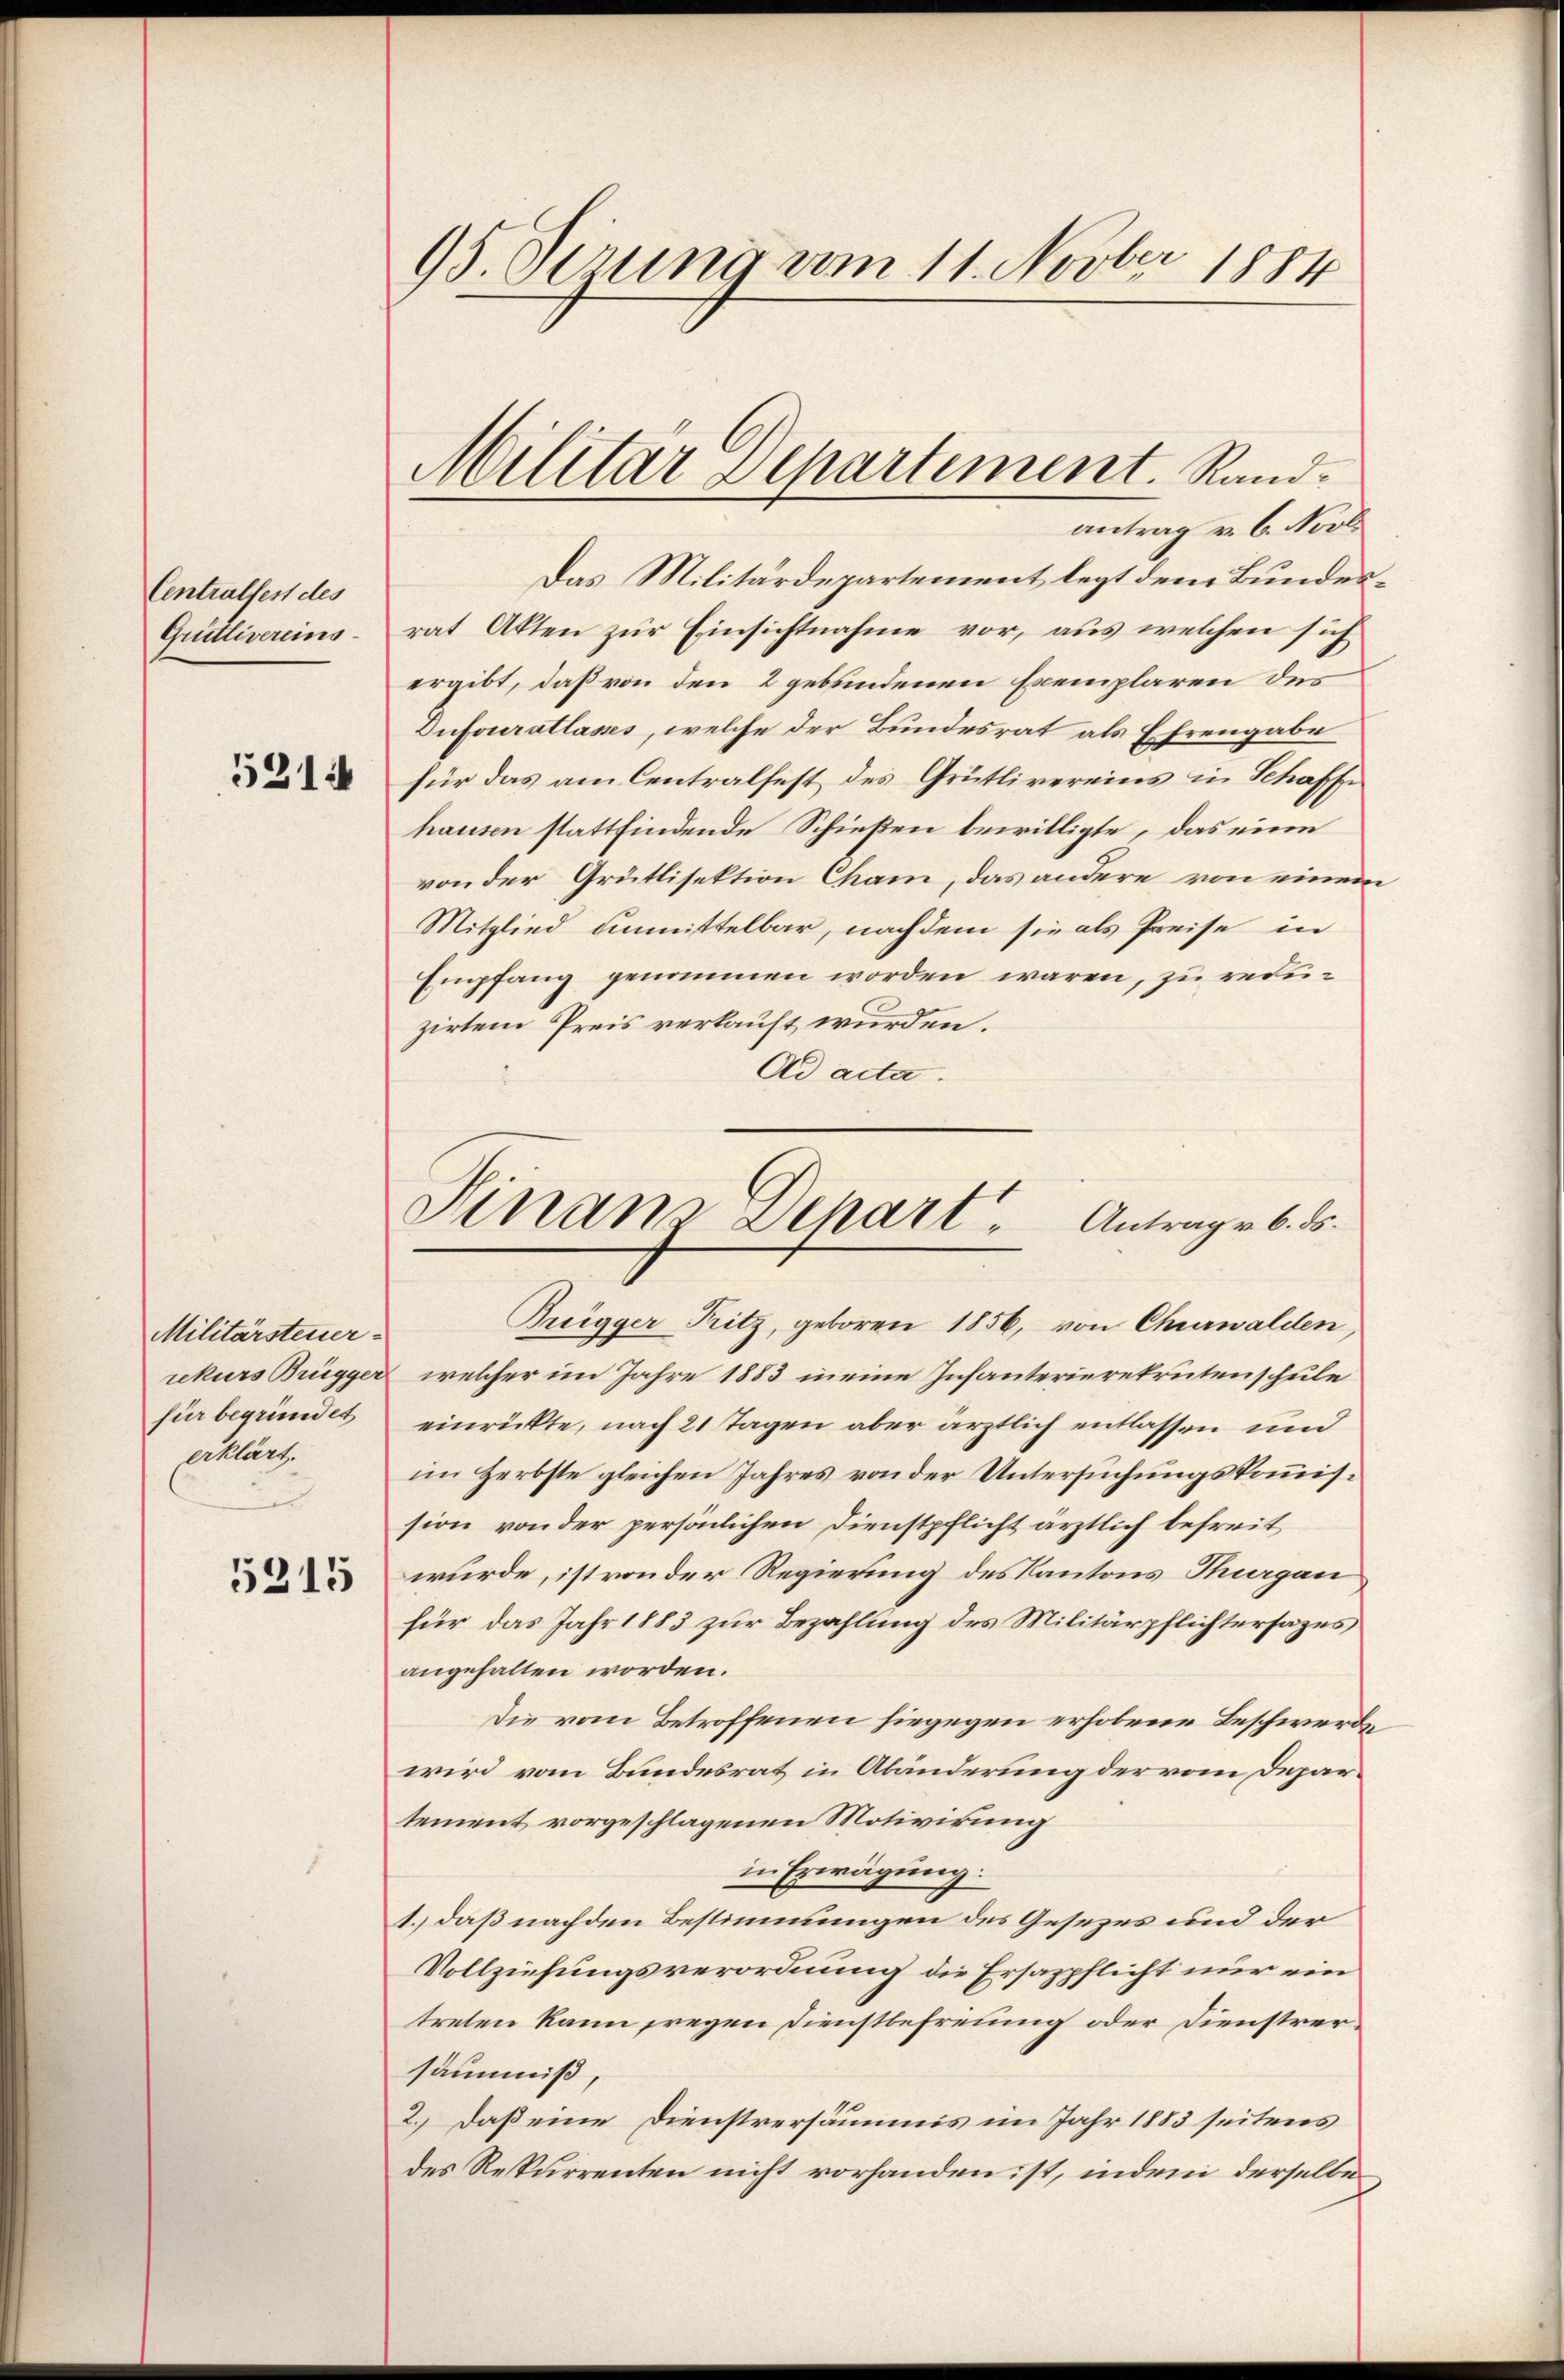
Centralfest des
Gritlivereins.

5214

Militärsteuer
für begründet
erklärt.

5215

95. derung vom 11. Novber 1884

Militar Departement. Rand.
antrag v. 6. Nov.

Das Militärdepartement legt dem Bundesrat Akten zur Einsichtnahme vor, aus welchen sich
ergibt, daß von den 2 gebundenen Exemplaren des
Dufouratlasses, welche der Bundesrat als Ehrengabe
für das am Centralfest des Grütlivereins in Schaffe
hausen stattfindende Schießen bewilligte, das eine
von der Grütlisektion Cham, das andere von einem
Mitglied unmittelbar, nachdem sie als Preise in
Empfang genommen worden wären, zu redizirtem Preis verkauft wurden.
Ad acta.
Rrigger Fritz, geboren 1856, von Churwalden,
rekurs Brügger, welcher im Jahre 1883 meine Infanterierekrutenschule
einrückte, nach 21 Tagen aber ärztlich entlassen und
im Herbste gleichen Jahres von der Untersuchungskommission von der persönlichen Dienstpflicht ärztlich befreit
wurde, ist von der Regierung des Kantons Tiergan
für das Jahr 1883 zur Bezahlung des Militärpflichtersages
angehalten worden.
Die vom Betroffenen hiegegen erhobene Beschwerde
wird vom Bundesrat in Abänderung der vom Departement vorgeschlagenen Motivirung
in Erwägung.
1.) daß nachden Bestimmungen des Gesezes und der
Vollziehungsverordnung die Ersazpflicht nur ein
treten kann freyen Dienstbefreiung oder Dienstrersäumiß,
2.) Daß eine Dienstversäumis im Jahr 1883 seitens
des Rekurrenten nicht vorhanden ist, indem derselbe

Finanz Dehart. Antrag v. 6. ds.